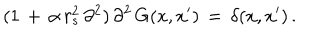
( 1 \, + \, \alpha \, r _ { s } ^ { 2 } \, \partial ^ { 2 } ) \, \partial ^ { 2 } \, G ( x , x ^ { \prime } ) \, = \, \delta ( x , x ^ { \prime } ) \, { . }